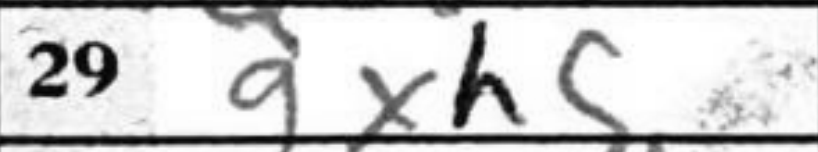
Transcription: gxh5